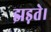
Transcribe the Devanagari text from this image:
झड़ते।